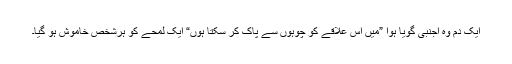
ایک دم وہ اجنبی گویا ہوا ”میں اس علاقے کو چوہوں سے پاک کر سکتا ہوں“ ایک لمحے کو ہرشخص خاموش ہو گیا۔